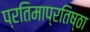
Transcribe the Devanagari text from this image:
प्रतिमाप्रतिष्ठा